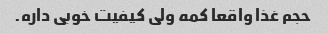
حجم غذا واقعا کمه ولی کیفیت خوبی داره.